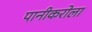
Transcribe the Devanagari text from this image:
पानीकरोला